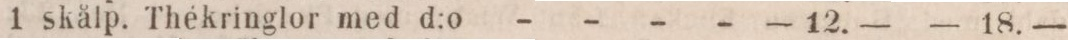
1 skålp. Thékringlor med d:o - - - -    — 12. —    — 18.—